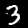
Digit: 3